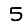
Digit: 5